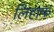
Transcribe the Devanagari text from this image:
लिहाफ